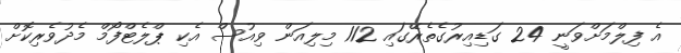
އެ ފިލްމަށްވަނީ 24 ގަޑިއިރުގެތެރޭގައި 112 މިލިއަން ވިއުސް އެކި ޕްލެޓްފޯމް މެދުވެރިކޮށް